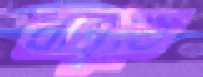
বান্নুতে